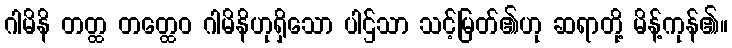
ဂါမိနိ တတ္ထ တတ္ထေဝ ဂါမိနိဟုရှိသော ပါဌ်သာ သင့်မြတ်၏ဟု ဆရာတို့ မိန့်ကုန်၏။